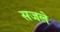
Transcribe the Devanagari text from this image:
सजले